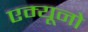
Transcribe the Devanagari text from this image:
एम्यूनो